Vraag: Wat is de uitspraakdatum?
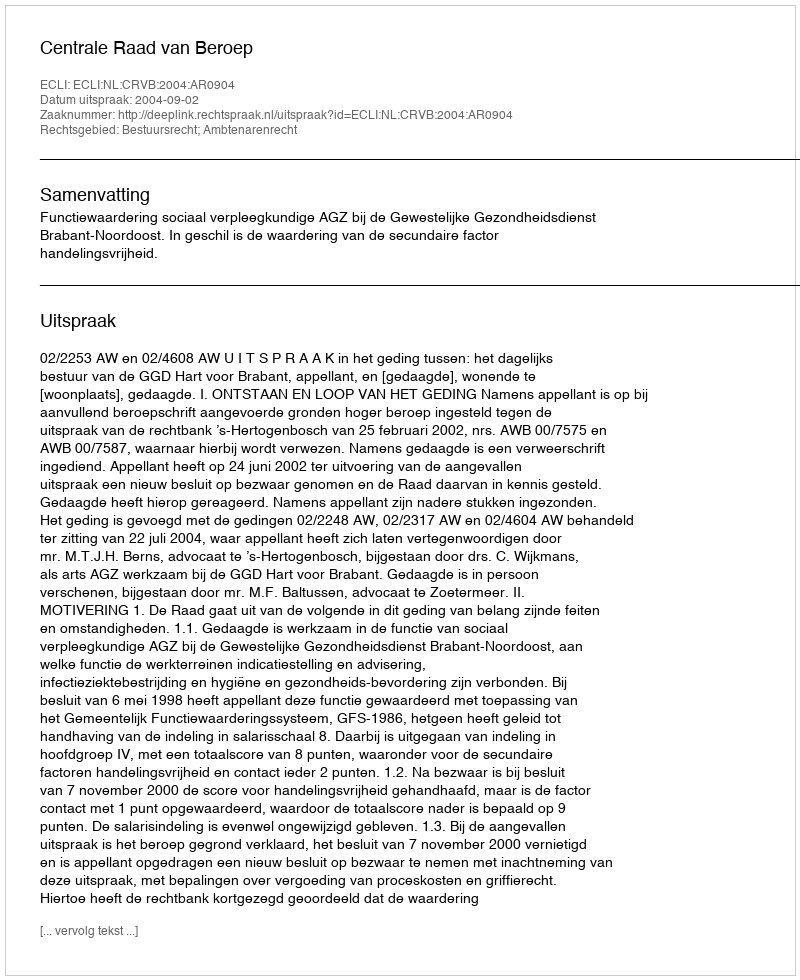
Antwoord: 2004-09-02